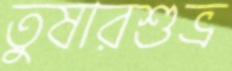
তুষারশুভ্র